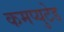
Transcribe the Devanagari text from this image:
कमप्युटेड